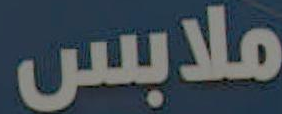
ملابس